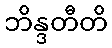
ဘိန္ဒတီတိ